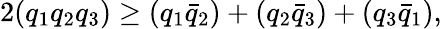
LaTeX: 2(q_{1}q_{2}q_{3})\ge(q_{1}\bar{q}_{2})+(q_{2}\bar{q}_{3})+(q_{3}\bar{q}_{1}),